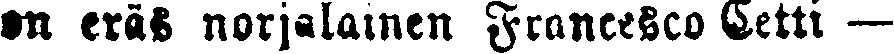
on eras norjalainen Francesco Cetti —